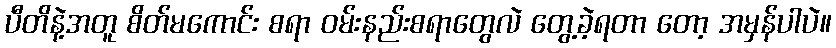
ပီတိနဲ့အတူ စိတ်မကောင်း စရာ ဝမ်းနည်းစရာတွေလဲ တွေ့ခဲ့ရတာ တော့ အမှန်ပါပဲ။